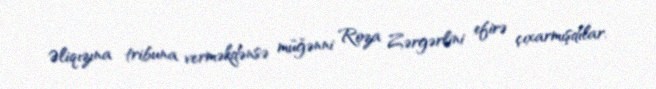
Əliqızına tribuna verməkdənsə müğənni Roza Zərgərlini efirə çıxarmışdılar.